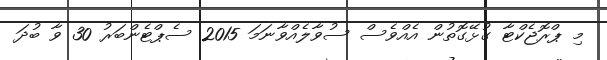
މި ޕްރޮޖެކްޓާ ގުޅޭގޮތުން އެއްވެސް ސުވާލެއްވާނަމަ 2015 ސެޕްޓެންބަރު 30 ވާ ބުދަ